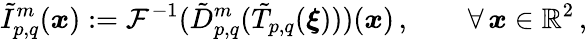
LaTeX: \tilde{I}_{p,q}^{m}(\boldsymbol{x}):=\mathcal{F}^{-1}(\tilde{D}_{p,q}^{m}(\tilde{T}_{p,q}(\boldsymbol{\xi})))(\boldsymbol{x})\, ,\qquad\forall\, \boldsymbol{x}\in\mathbb{R}^{2}\, ,